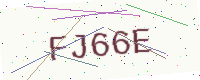
Text: FJ66E